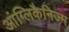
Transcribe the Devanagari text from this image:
आंग्लिकैनिज्म